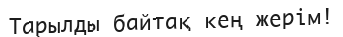
Тарылды байтақ кең жерім!